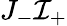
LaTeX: J_{-}\mathcal{I}_{+}